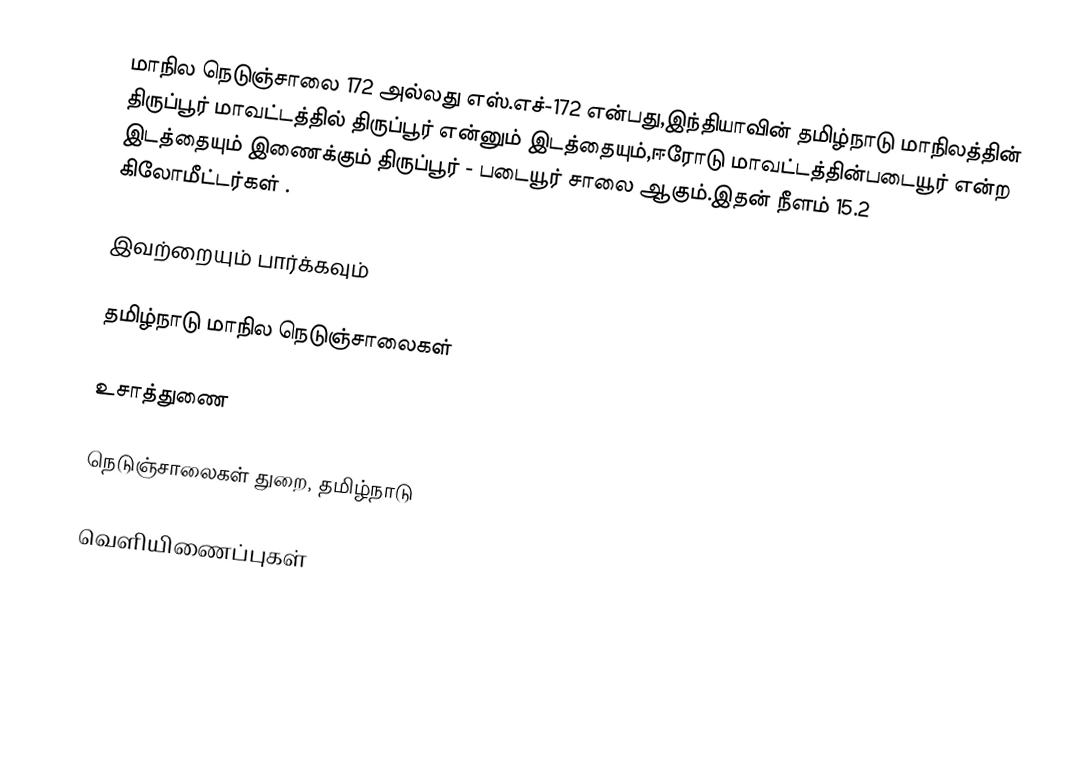
மாநில நெடுஞ்சாலை 172 அல்லது எஸ்.எச்-172  என்பது,இந்தியாவின் தமிழ்நாடு மாநிலத்தின்  திருப்பூர் மாவட்டத்தில்  திருப்பூர்  என்னும் இடத்தையும்,ஈரோடு மாவட்டத்தின்படையூர்  என்ற இடத்தையும் இணைக்கும் திருப்பூர் - படையூர் சாலை ஆகும்.இதன் நீளம் 15.2  கிலோமீட்டர்கள் .

இவற்றையும் பார்க்கவும்

 தமிழ்நாடு மாநில நெடுஞ்சாலைகள்

உசாத்துணை

 நெடுஞ்சாலைகள் துறை, தமிழ்நாடு

வெளியிணைப்புகள்